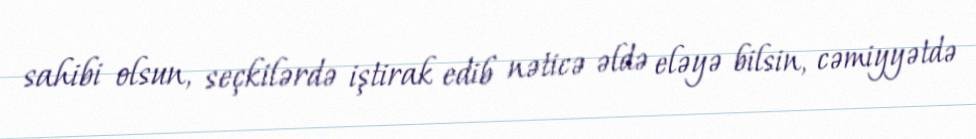
sahibi olsun, seçkilərdə iştirak edib nəticə əldə eləyə bilsin, cəmiyyətdə